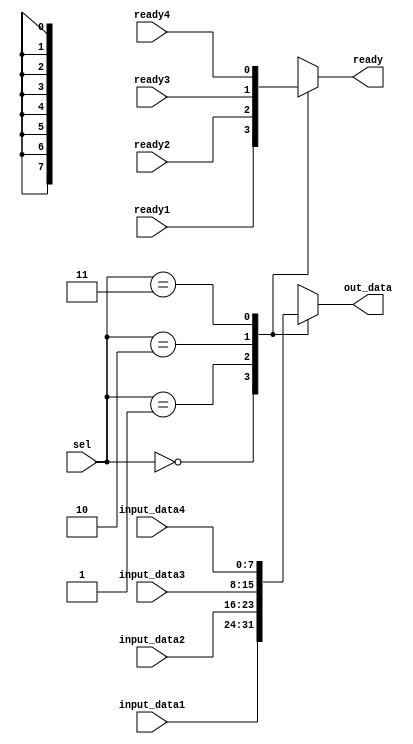
`timescale 1ns / 1ps



module APB_MUX(
    
    sel,
    input_data1,
    input_data2,
    input_data3,
    input_data4,
    ready1,
    ready2,
    ready3,
    ready4,
    out_data,
    ready
    
    
);
    
    parameter DATA_WIDTH = 8;
    
    input [1 : 0] sel;
    input [DATA_WIDTH-1 : 0] input_data1 , input_data2 , input_data3 , input_data4;
    input ready1 , ready2 , ready3 , ready4;
    output reg [DATA_WIDTH-1 : 0] out_data;
    output reg ready;
    
    always@(*)
    begin
    
        
        case(sel)
        
            2'b00: begin
            
                out_data = input_data1;
                ready = ready1;
                
            end
            
            2'b01: begin
            
                out_data = input_data2;
                ready = ready2;
                
            end
            
            2'b10: begin
            
                out_data = input_data3;
                ready = ready3;
                
            end
            
            2'b11: begin
            
                out_data = input_data4;
                ready = ready4;
                
            end
        
        endcase
    
    end
    
endmodule